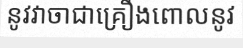
នូវវាចាជាគ្រឿងពោលនូវ